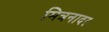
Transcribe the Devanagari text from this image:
मित्रनादर